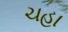
ચહા